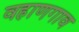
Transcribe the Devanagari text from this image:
वहाणगाव